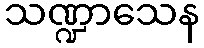
သဏ္ဍာသေန